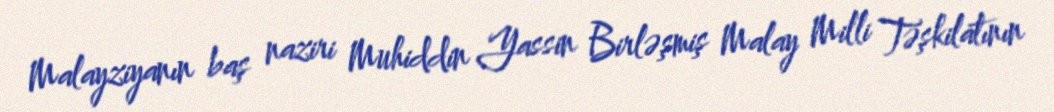
Malayziyanın baş naziri Muhiddin Yassin Birləşmiş Malay Milli Təşkilatının